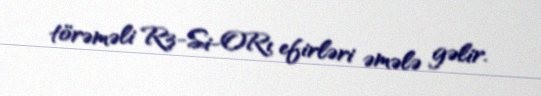
törəməli R3-Si-ORı efirləri əmələ gəlir.